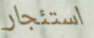
استئجار